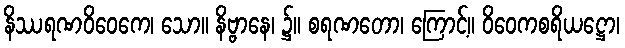
နိဿရဏဝိဝေကေ၊ သော။ နိဗ္ဗာနေ၊ ၌။ စရဏတော၊ ကြောင့်။ ဝိဝေကစရိယဋ္ဌော၊